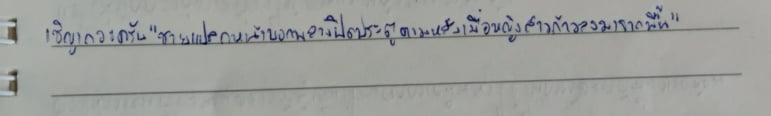
เชิญเถอะครับ"ชายแปลกหน้าบอกพลางปิดประตูตามหลังเมื่อหญิงสาวก้าวลงมายืนบนพื้น